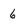
Character: 6